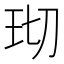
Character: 𬍔